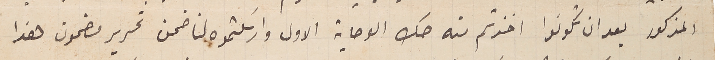
المذكور بعد ان تكونوا اخذتم منه صك الوصاية الاول وارسلتموه لنا ضمن تحرير مضمون هذا